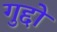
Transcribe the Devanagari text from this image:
गुद्दों